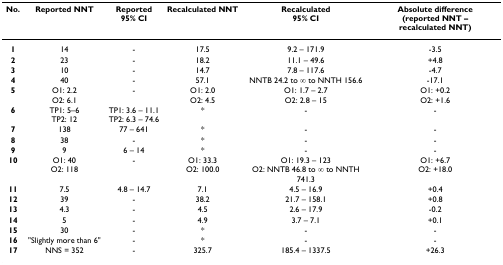
| No. | Reported NNT | Reported95% CI | Recalculated NNT | Recalculated95% CI | Absolute difference(reported NNT – recalculated NNT) |
 | --- | --- | --- | --- | --- | --- |
 | 1 | 14 | - | 17.5 | 9.2 – 171.9 | -3.5 |
 | 2 | 23 | - | 18.2 | 11.1 – 49.6 | +4.8 |
 | 3 | 10 | - | 14.7 | 7.8 – 117.6 | -4.7 |
 | 4 | 40 | - | 57.1 | NNTB 24.2 to ∞ to NNTH 156.6 | -17.1 |
 | 5 | O1: 2.2O2: 6.1 | - | O1: 2.0O2: 4.5 | O1: 1.7 – 2.7O2: 2.8 – 15 | O1: +0.2O2: +1.6 |
 | 6 | TP1: 5–6TP2: 12 | TP1: 3.6 – 11.1TP2: 6.3 – 74.6 | * | - | - |
 | 7 | 138 | 77 – 641 | * | - | - |
 | 8 | 38 | - | * | - | - |
 | 9 | 9 | 6 – 14 | * | - | - |
 | 10 | O1: 40O2: 118 | - | O1: 33.3O2: 100.0 | O1: 19.3 – 123O2: NNTB 46.8 to ∞ to NNTH 741.3 | O1: +6.7O2: +18.0 |
 | 11 | 7.5 | 4.8 – 14.7 | 7.1 | 4.5 – 16.9 | +0.4 |
 | 12 | 39 | - | 38.2 | 21.7 – 158.1 | +0.8 |
 | 13 | 4.3 | - | 4.5 | 2.6 – 17.9 | -0.2 |
 | 14 | 5 | - | 4.9 | 3.7 – 7.1 | +0.1 |
 | 15 | 30 | - | * | - | - |
 | 16 | "Slightly more than 6" | - | * | - | - |
 | 17 | NNS = 352 | - | 325.7 | 185.4 – 1337.5 | +26.3 |